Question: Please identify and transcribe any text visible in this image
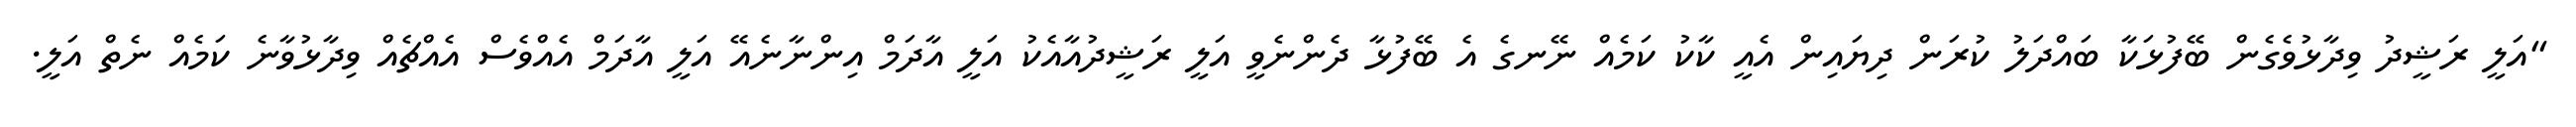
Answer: "އަލީ ރަޝީދު ވިދާޅުވެގެން ބޭފުޅަކާ ބައްދަލު ކުރަން ދިޔައިން އެއީ ކާކު ކަމެއް ނޭނގެ އެ ބޭފުޅާ ދެންނެވީ އަލީ ރަޝީދުއާއެކު އަލީ އާދަމް އިންނާނެއޭ އަލީ އާދަމް އެއްވެސް އެއްޗެއް ވިދާޅުވާނެ ކަމެއް ނެތް އަލީ.